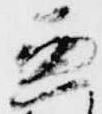
兼